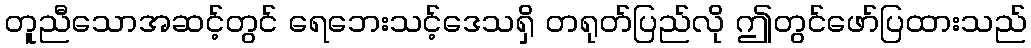
တူညီသောအဆင့်တွင် ရေဘေးသင့်ဒေသရှိ တရုတ်ပြည်လို ဤတွင်ဖော်ပြထားသည်